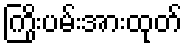
ကြိုးပမ်းအားထုတ်